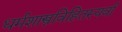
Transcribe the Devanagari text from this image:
धर्मशास्त्रविहितस्यर्वा